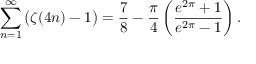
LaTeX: \sum _ { n = 1 } ^ { \infty } { \bigl ( } \zeta ( 4 n ) - 1 { \bigr ) } = { \frac { 7 } { 8 } } - { \frac { \pi } { 4 } } \left( { \frac { e ^ { 2 \pi } + 1 } { e ^ { 2 \pi } - 1 } } \right) .